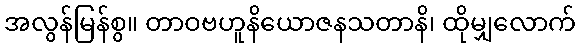
အလွန်မြန်စွ။ တာဝဗဟူနိယောဇနသတာနိ၊ ထိုမျှလောက်